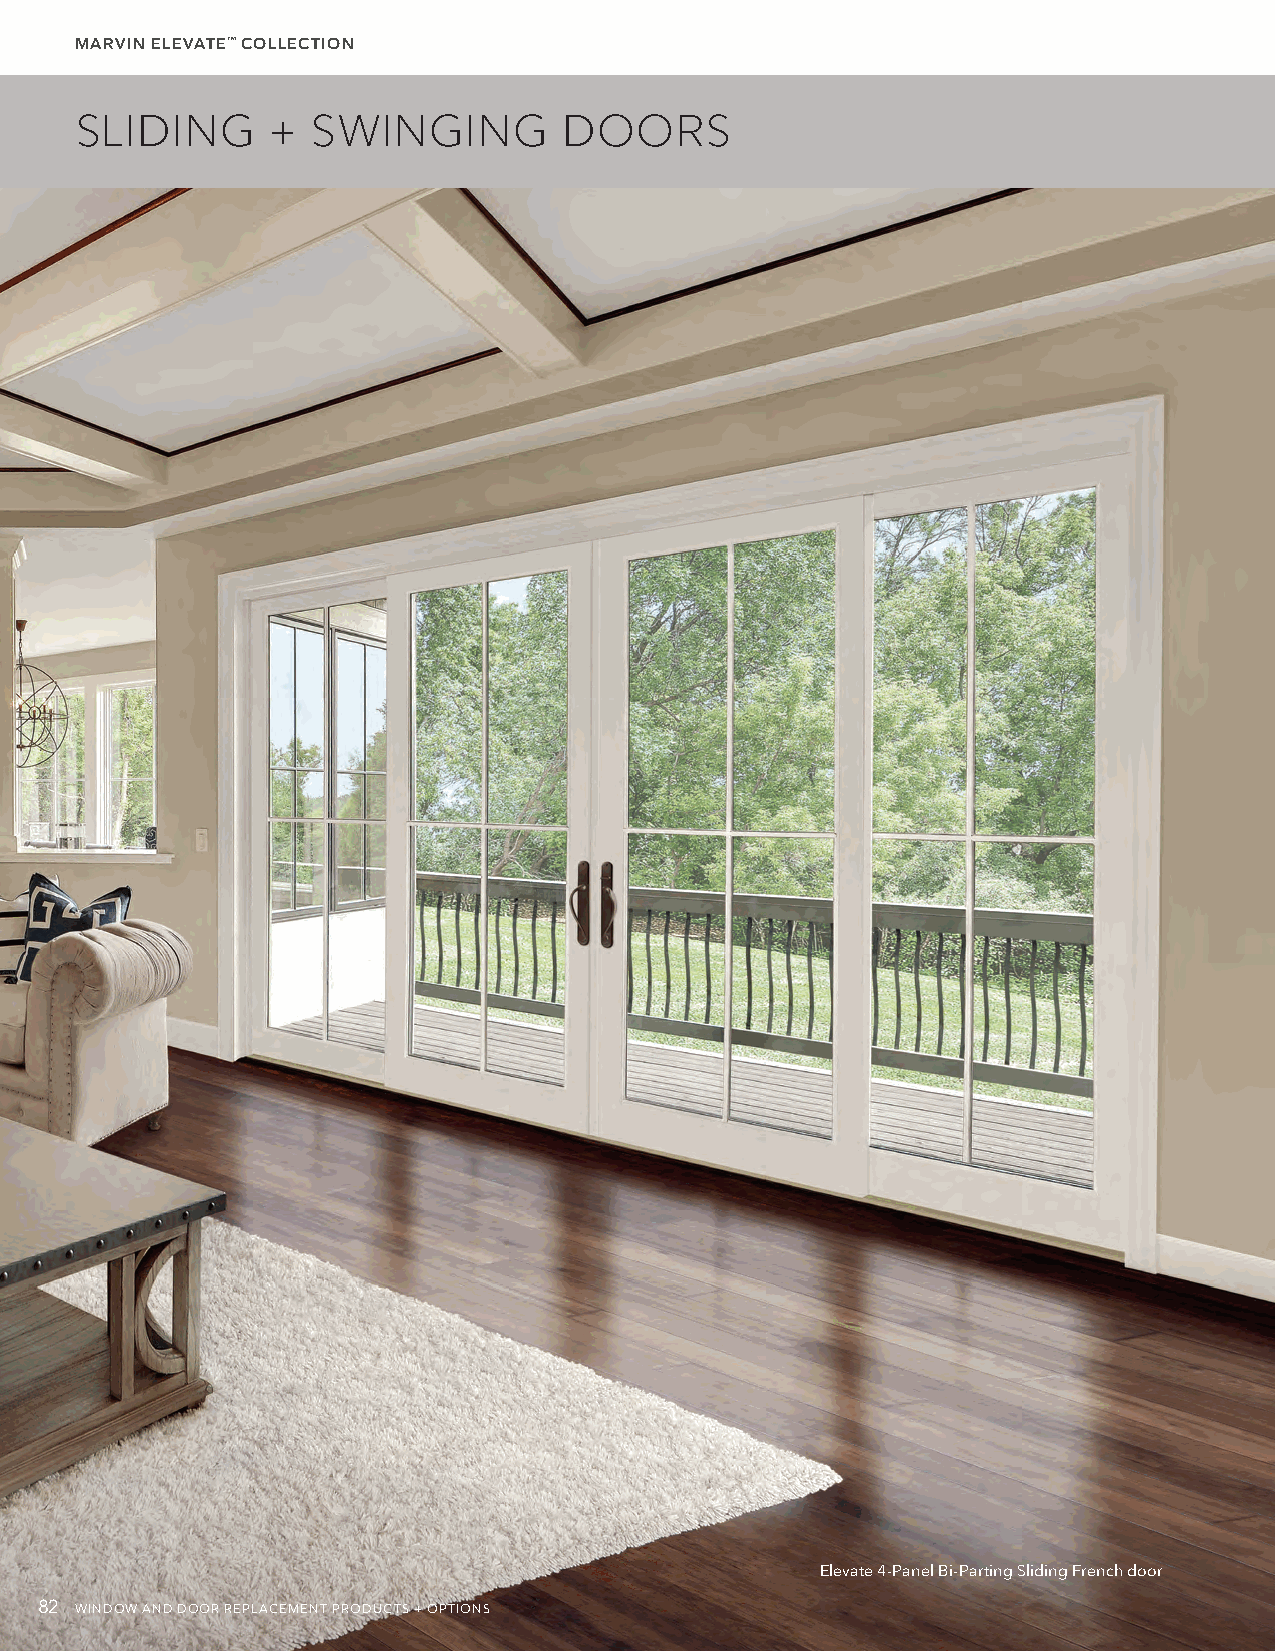
MARVIN ELEVATE™ COLLECTION
 SLIDING      +  SWINGING        DOORS
 Elevate 4-Panel Bi-Parting Sliding French door
 82 WINDOW AND DOOR REPLACEMENT PRODUCTS + OPTIONS